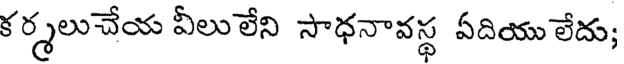
కర్మలుచేయ వీలులేని సాధనావస్థ ఏదియు లేదు;